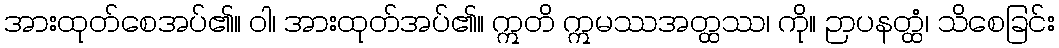
အားထုတ်စေအပ်၏။ ဝါ၊ အားထုတ်အပ်၏။ ဣတိ ဣမဿအတ္ထဿ၊ ကို။ ဉာပနတ္ထံ၊ သိစေခြင်း